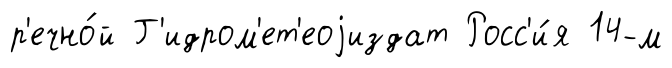
р'ечно́й Г'идром'ет'еоjиздат Росс'и́я 14-м